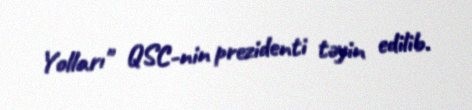
Yolları" QSC-nin prezidenti təyin edilib.